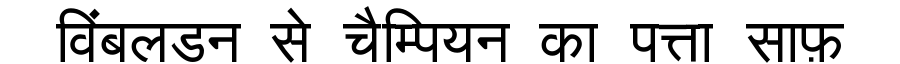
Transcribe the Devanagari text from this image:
विंबलडन से चैम्पियन का पत्ता साफ़